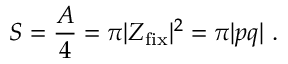
S = { \frac { A } { 4 } } = \pi | Z _ { \mathrm { f i x } } | ^ { 2 } = \pi | p q | \ .